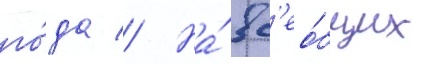
го́да // На́ вс'ео́бщих